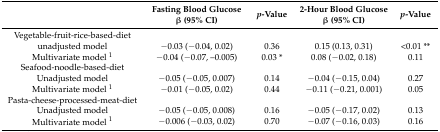
|  | Fasting Blood Glucoseβ (95% CI) | p-Value | 2-Hour Blood Glucoseβ (95% CI) | p-Value |
 | --- | --- | --- | --- | --- |
 | Vegetable-fruit-rice-based-diet |  |  |  |  |
 | unadjusted model | −0.03 (−0.04, 0.02) | 0.36 | 0.15 (0.13, 0.31) | <0.01 ** |
 | Multivariate model 1 | −0.04 (−0.07, –0.005) | 0.03 * | 0.08 (−0.02, 0.18) | 0.11 |
 | Seafood-noodle-based-diet |  |  |  |  |
 | Unadjusted model | −0.05 (−0.05, 0.007) | 0.14 | −0.04 (−0.15, 0.04) | 0.27 |
 | Multivariate model 1 | −0.01 (−0.05, 0.02) | 0.44 | −0.11 (−0.21, 0.001) | 0.05 |
 | Pasta-cheese-processed-meat-diet |  |  |  |  |
 | Unadjusted model | −0.05 (−0.05, 0.008) | 0.16 | −0.05 (−0.17, 0.02) | 0.13 |
 | Multivariate model 1 | −0.006 (−0.03, 0.02) | 0.70 | −0.07 (−0.16, 0.03) | 0.16 |